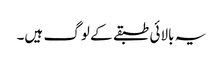
یہ بالائی طبقے کے لوگ ہیں۔